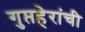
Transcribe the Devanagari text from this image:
गुप्तहेरांची